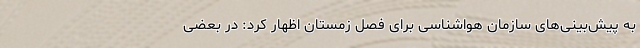
به پیش‌بینی‌های سازمان هواشناسی برای فصل زمستان اظهار کرد: در بعضی